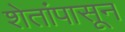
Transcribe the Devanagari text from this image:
शेतांपासून